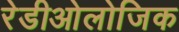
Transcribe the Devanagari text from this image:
रेडीओलोजिक